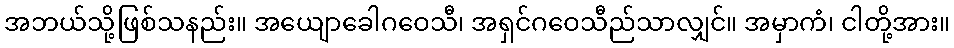
အဘယ်သို့ဖြစ်သနည်း။ အယျောခေါဂဝေသီ၊ အရှင်ဂဝေသီည်သာလျှင်။ အမှာကံ၊ ငါတို့အား။